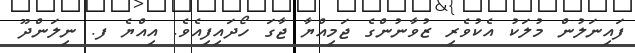
ފައިނަލުން މުލަކު އެކުވެރި ޒުވާނުންގެ ޖަމިއްޔާ ޖާގަ ހޯދައިފިއެވެ. އިއްޔެ ފ. ނިލަންދޫ